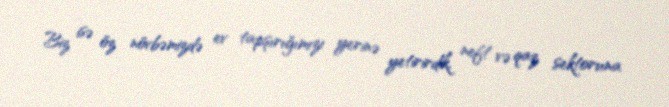
Biz isə öz növbəmizdə ev tapşırığımızı yerinə yetirirdik, neft və qaz sektoruna